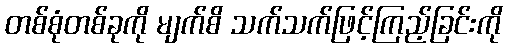
တစ်စုံတစ်ခုကို မျက်စိ သက်သက်ဖြင့်ကြည့်ခြင်းကို